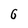
Character: 6